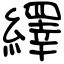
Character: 繹